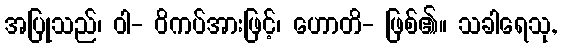
အပြုသည်၊ ဝါ- ဝိကပ်အားဖြင့်၊ ဟောတိ- ဖြစ်၏။ သခါရေသု,